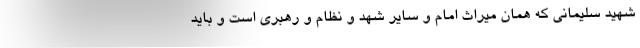
شهید سلیمانی که همان میراث امام و سایر شهد و نظام و رهبری است و باید